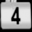
Digit: 4